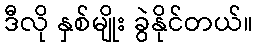
ဒီလို နှစ်မျိုး ခွဲနိုင်တယ်။